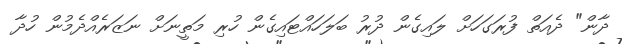
ދާން" ދެއަތް ފުރަގަހަށް ލައިގެން ދުރު ބަލަހައްޓައިގެން ހުރި މަތީނަށް ނަޒަރެއްދެމުން ހުދާ